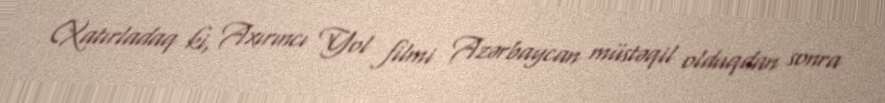
(Xatırladaq ki, Axırıncı Yol filmi Azərbaycan müstəqil olduqdan sonra